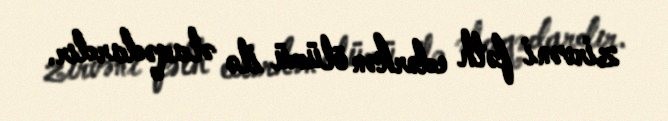
zirvəni fəth edərkən ölümü ilə əlaqədardır.